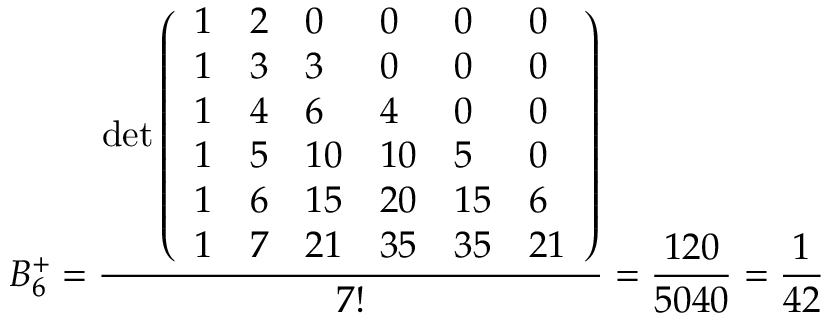
B _ { 6 } ^ { + } = { \frac { \operatorname* { d e t } { \left( \begin{array} { l l l l l l } { 1 } & { 2 } & { 0 } & { 0 } & { 0 } & { 0 } \\ { 1 } & { 3 } & { 3 } & { 0 } & { 0 } & { 0 } \\ { 1 } & { 4 } & { 6 } & { 4 } & { 0 } & { 0 } \\ { 1 } & { 5 } & { 1 0 } & { 1 0 } & { 5 } & { 0 } \\ { 1 } & { 6 } & { 1 5 } & { 2 0 } & { 1 5 } & { 6 } \\ { 1 } & { 7 } & { 2 1 } & { 3 5 } & { 3 5 } & { 2 1 } \end{array} \right) } } { 7 ! } } = { \frac { 1 2 0 } { 5 0 4 0 } } = { \frac { 1 } { 4 2 } }